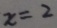
x = 2